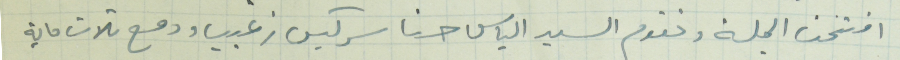
افتتحت الجلسة وتقدم السيد الياس حنا سركيس زغيب ودفع تلات ماية